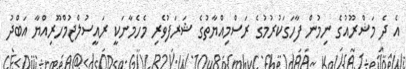
އެ ދެ މަޝްރޫއުގެ ނިމުން ފާހަގަކުރުމުގެ ރަސްމިއްޔާތުގެ ޝަރަފުވެރި މެހެމާނަކީ ރައީސުލްޖުމްހޫރިއްޔާ އަބްދު